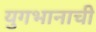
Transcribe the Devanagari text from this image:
युगभानाची